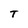
Character: T